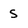
Character: S